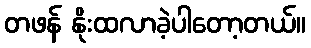
တဖန် နိုးထလာခဲ့ပါတော့တယ်။